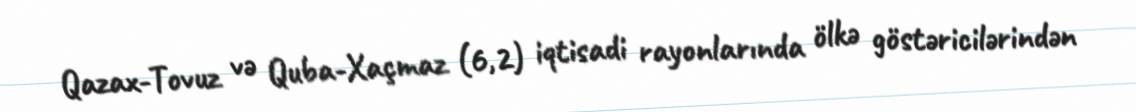
Qazax-Tovuz və Quba-Xaçmaz (6,2) iqtisadi rayonlarında ölkə göstəricilərindən